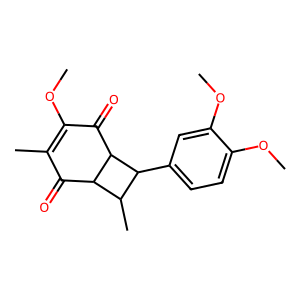
SMILES: COC1=C(C)C(=O)C2C(C)C(c3ccc(OC)c(OC)c3)C2C1=O
Inhibits HIV replication: No